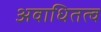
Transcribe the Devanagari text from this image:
अवाधितत्व